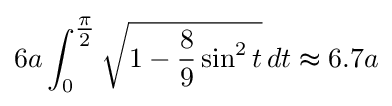
6a\int _{0}^{\tfrac {\pi }{2}}{\sqrt {1-{\frac {8}{9}}\sin ^{2}t}}\,dt\thickapprox 6.7a